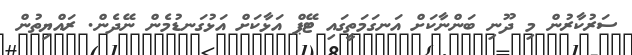
ސަރުކާރުން މި ދޫނި ބަންނާކަށް އަނގަމަތީގައި ޓޭޕް އަޅާކަށް އަޅުގަނޑުމެން ނޭދެން. ރައްޔިތުން